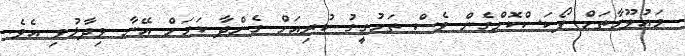
މައުލޫމާތަށް ފޯކަސްކޮށްގެން ވެސް ތަހުގީގު ކުރިއަށް ގެންދާ ކަމަށް އޭނާ ވިދާޅުވި އެވެ.